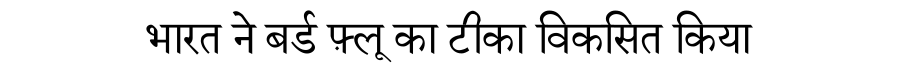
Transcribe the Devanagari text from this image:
भारत ने बर्ड फ़्लू का टीका विकसित किया